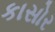
કાસોર